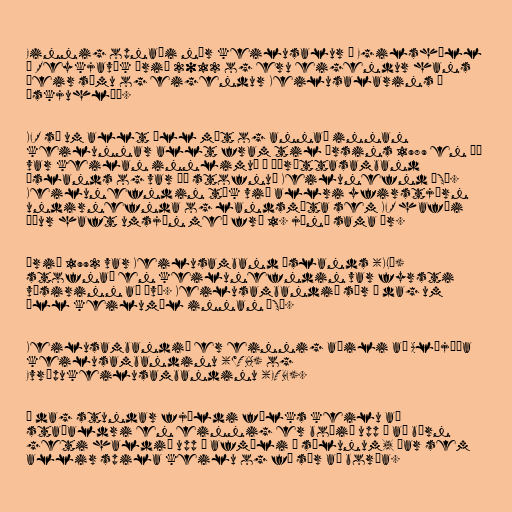
Einnig opnaði nýr keilusalur í Egilshöll
í Reykjavík árið 2012 og eru eigendur hans
þeir sömu og eigendur Keilusalarins í
Öskjuhlíð.

KFR sá um allt öll mót og annað innan
keilunnar allt fram til ársins 1989 en þá
var keilan innlimuð í Íþróttasamband
Íslands og var þá stofnuð Keilunefnd ÍSÍ.
Keilunefndin tók við allri yfirstjórn
undirnefnda og landsmóta sem KFR hafði
áður haft umsjón með frá 1. júní sama ár.

Árið 1992 var Keilusamband Íslands (KLÍ)
stofnað en keilunefndin var fyrsti
vísirinn að því. Keilusambandið sér í dag um
öll keilumál innan ÍSÍ.

Keilusambandið er einnig aðili að Alþjóða
keilusambandinu (WTBA) og
Evrópukeilusambandinu (ETBF).

Í dag stundar fjöldi fólks keilu að
staðaldri en einnig er boðið upp á að börn
geti haldið upp á afmæli í sölunum, þar sem
allir spila keilu og fá sér að borða.